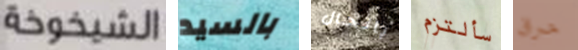
الشيخوخة بالسيد بالحال سألتزم حرق